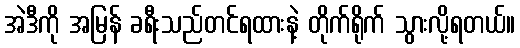
အဲဒီကို အမြန် ခရီးသည်တင်ရထားနဲ့ တိုက်ရိုက် သွားလို့ရတယ်။